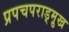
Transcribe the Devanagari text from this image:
प्रपचपराड्म़ुख